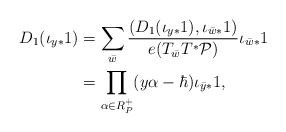
\begin{align*}D_1(\iota_{y*}1)&=\sum\limits_{\bar{w}}\frac{(D_1(\iota_{y*}1), \iota_{\bar{w}*}1)}{e(T_{\bar{w}}T^*\mathcal{P})}\iota_{\bar{w}*}1\\&=\prod\limits_{\alpha\in R^+_P}(y\alpha-\hbar)\iota_{\bar{y}*}1,\end{align*}